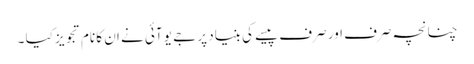
چنانچہ صرف اور صرف پیسے کی بنیاد پر جے یو آئی نے ان کا نام تجویز کیا ۔